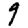
Digit: 9